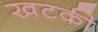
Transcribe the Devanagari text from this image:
खटकी